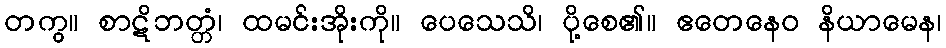
တကွ။ စာဋိဘတ္တံ၊ ထမင်းအိုးကို။ ပေသေသိ၊ ပို့စေ၏။ ဧတေနေဝ နိယာမေန၊